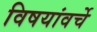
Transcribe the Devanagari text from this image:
विषयांवर्चे